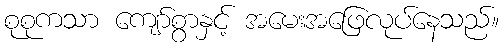
စုစုကသာ ကျော်စွာနှင့် အမေးအဖြေလုပ်နေသည်။